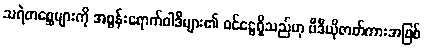
သရဲတစ္ဆေများကို အစွန်းရောက်ဝါဒီများ၏ ဝင်ငွေရှိသည်ဟု ဗီဒီယိုဇာတ်ကားအဖြစ်